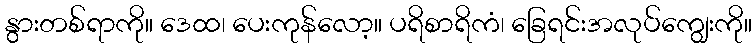
နွားတစ်ရာကို။ ဒေထ၊ ပေးကုန်လော့။ ပရိစာရိကံ၊ ခြေရင်းအလုပ်ကျွေးကို။